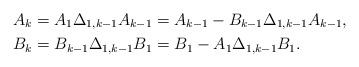
LaTeX: \begin{align*} A_k&=A_1\Delta_{1,k-1}A_{k-1}=A_{k-1}-B_{k-1}\Delta_{1,k-1}A_{k-1},\\ B_k&=B_{k-1}\Delta_{1,k-1}B_{1}=B_{1}-A_{1}\Delta_{1,k-1}B_{1}. \end{align*}